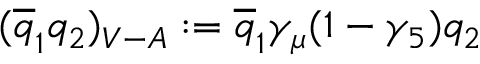
( \overline { { { q } } } _ { 1 } q _ { 2 } ) _ { V - A } : = \overline { { { q } } } _ { 1 } \gamma _ { \mu } ( 1 - \gamma _ { 5 } ) q _ { 2 }